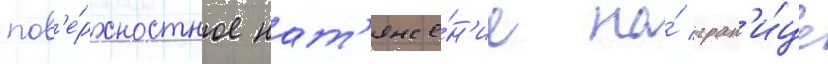
пов'е́рхностное нат'яже́н'ие на́ гран'и́це